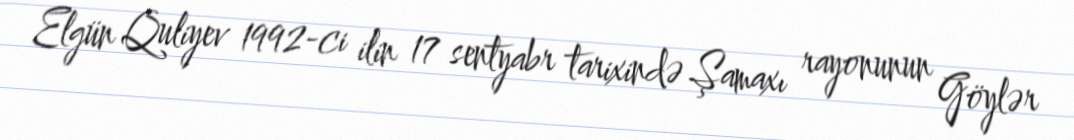
Elgün Quliyev 1992-ci ilin 17 sentyabr tarixində Şamaxı rayonunun Göylər